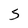
Character: 5